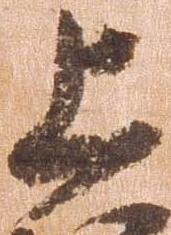
上